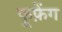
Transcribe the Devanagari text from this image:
फूफ़ेंग